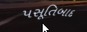
પસૂતિબાદ